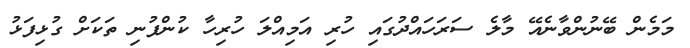
މަމެން ބޭނުންވާނެއޭ މާލެ ސަރަހައްދުގައި ހުރި އަމިއްލަ ހުރިހާ ކުންފުނި ތަކަށް ގުޅިފަޅު